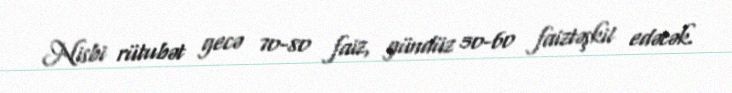
Nisbi rütubət gecə 70-80 faiz, gündüz 50-60 faiztəşkil edəcək.